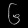
Digit: ၆